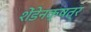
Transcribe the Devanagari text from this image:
शेंडेनक्षत्र